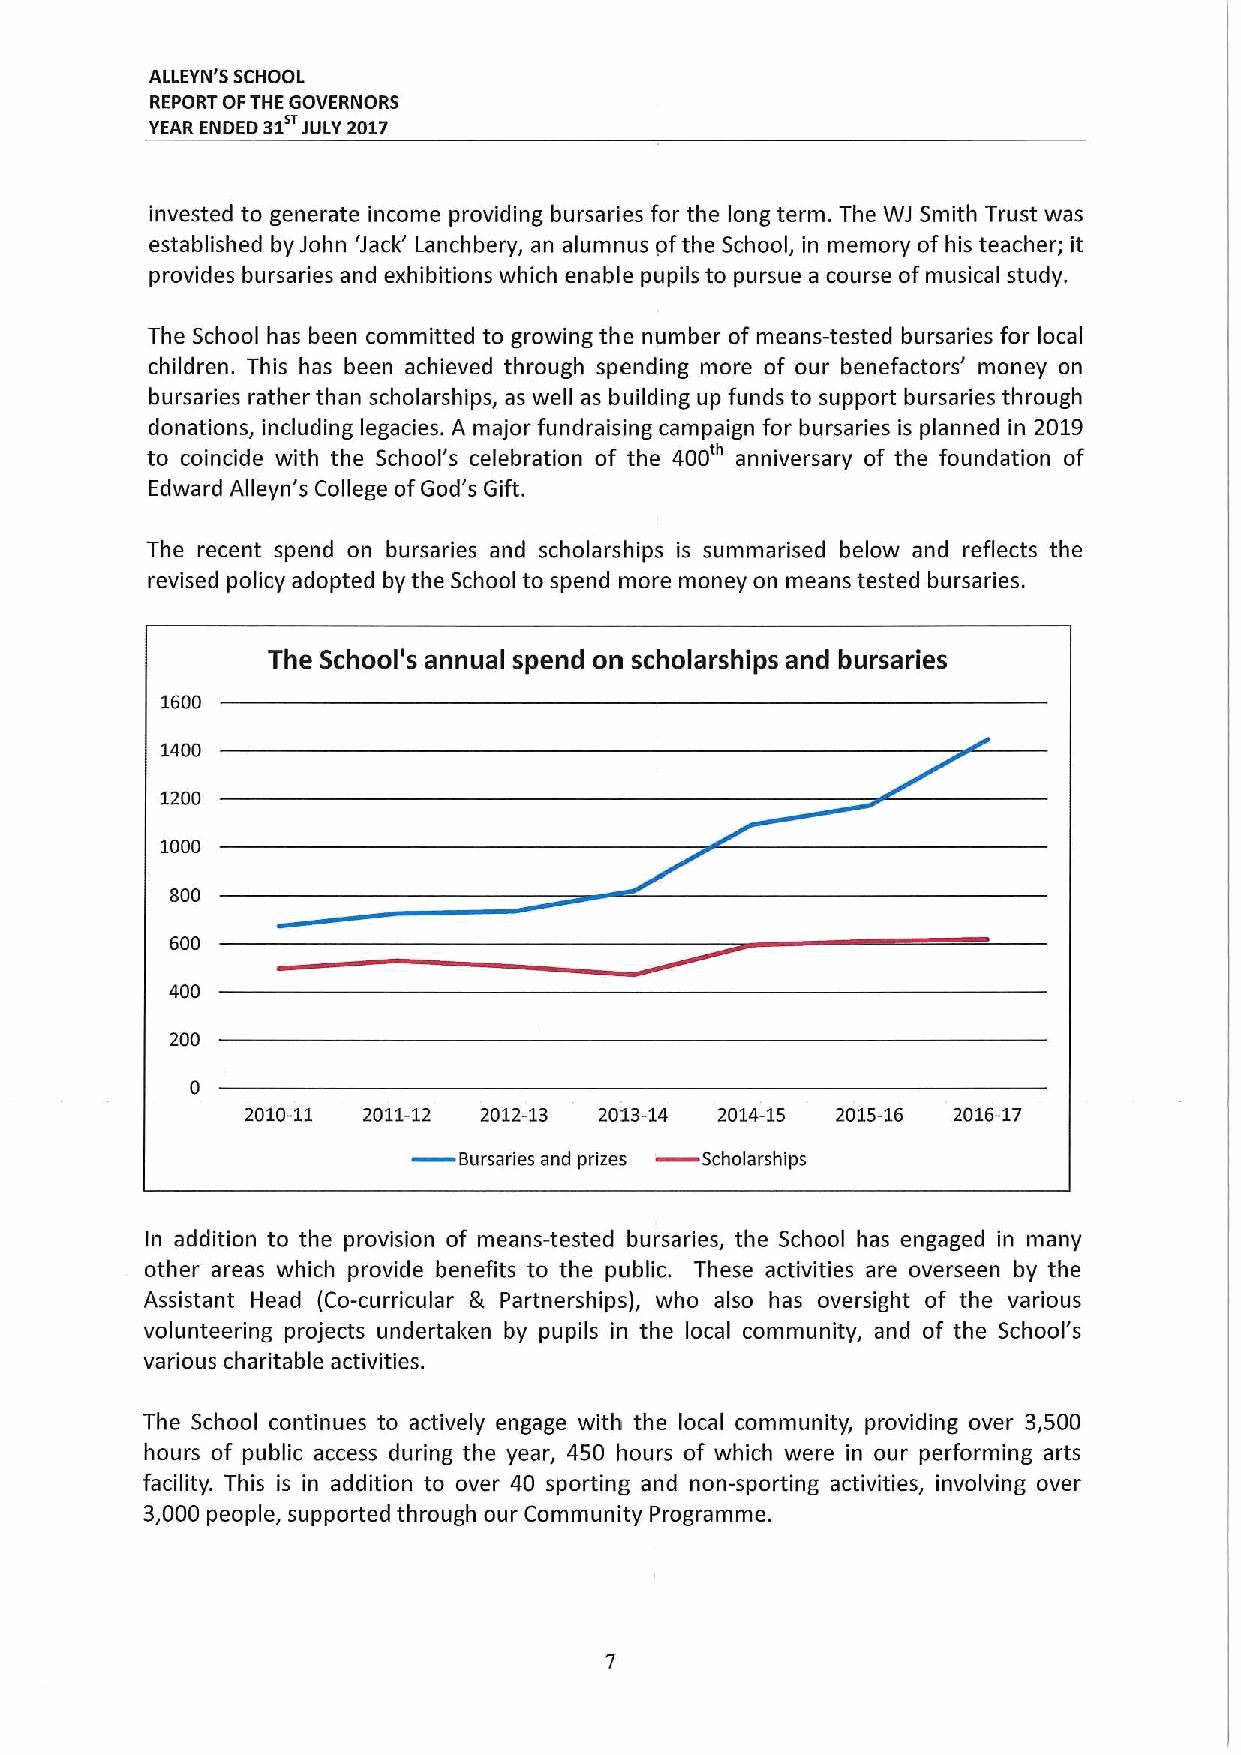
ALLEYN'S SCHOOL
 REPORT OFTHE GOVERNORS
 YEAR ENDED 31 JULY 2017
 invested to generate income providing bursaries for the long term. The WJ Smith Trust was
 established by John 'Jack' Lanchbery, an alumnus ofthe School, in memory of his teacher; it
 provides bursaries and exhibitions which enable pupils to pursue a course ofmusical study.
 The School has been committed to growing the number of means-tested bursaries for local
 children. This has been achieved through spending more of our benefactors' money on
 bursaries rather than scholarships, as well as building up funds to support bursaries through
 donations, including legacies. A major fundraising campaign for bursaries is planned in 2019
 to coincide with the School's celebration of the 400'" anniversary of the foundation of
 Edward Alleyn's College ofGod's Gift.
 The recent spend on bursaries and scholarships is summarised below and reflects the
 revised policy adopted by the School to spend more money on means tested bursaries.
 The School's annual spend on scholarships and bursaries
 1600
 1400
 1200
 1000
 800
 600
 400
 200
 2010-11 2011-12 2012-13 2013-14 2014-15 2015-16 2016-17
 Bursaries and prizes Scholarships
 In addition to the provision of means-tested bursaries, the School has engaged in many
 other areas which provide benefits to the public. These activities are overseen by the
 Assistant Head (Co-curricular gr Partnerships), who also has oversight of the various
 volunteering projects undertal&en by pupils in the local community, and of the School's
 various charitable activities.
 The School continues to actively engage with the local community, providing over 3,500
 hours of public access during the year, 450 hours of which were in our performing arts
 facility. This is in addition to over 40 sporting and non-sporting activities, involving over
 3,000 people, supported through our Community Programme.